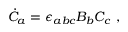
{ \dot { C } } _ { a } = \epsilon _ { a b c } B _ { b } C _ { c } \ ,